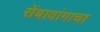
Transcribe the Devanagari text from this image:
सेंबावांगाचा